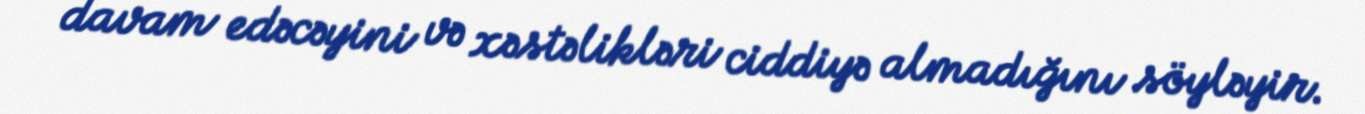
davam edəcəyini və xəstəlikləri ciddiyə almadığını söyləyir.